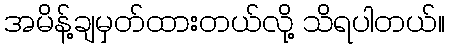
အမိန့်ချမှတ်ထားတယ်လို့ သိရပါတယ်။